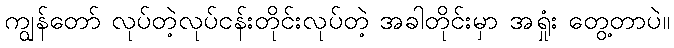
ကျွန်တော် လုပ်တဲ့လုပ်ငန်းတိုင်းလုပ်တဲ့ အခါတိုင်းမှာ အရှုံး တွေ့တာပဲ။